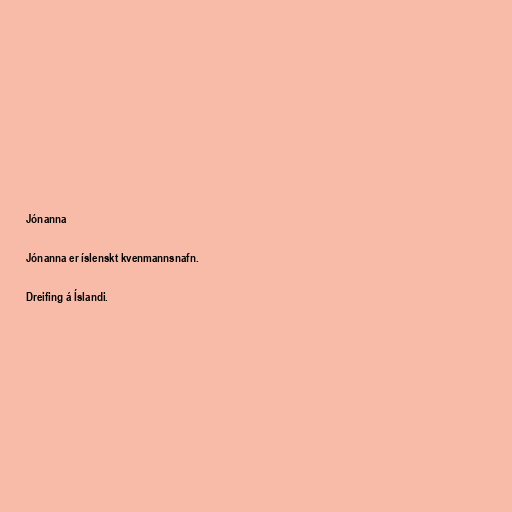
Jónanna

Jónanna er íslenskt kvenmannsnafn.

Dreifing á Íslandi.